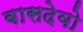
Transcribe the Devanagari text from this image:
वासदेवो